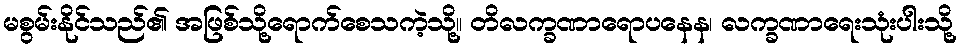
မစွမ်းနိုင်သည်၏ အဖြစ်သို့ရောက်စေသကဲ့သို့။ တိလက္ခဏာရောပနေန၊ လက္ခဏာရေးသုံးပါးသို့